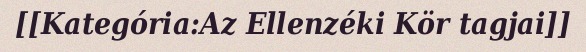
[[Kategória:Az Ellenzéki Kör tagjai]]